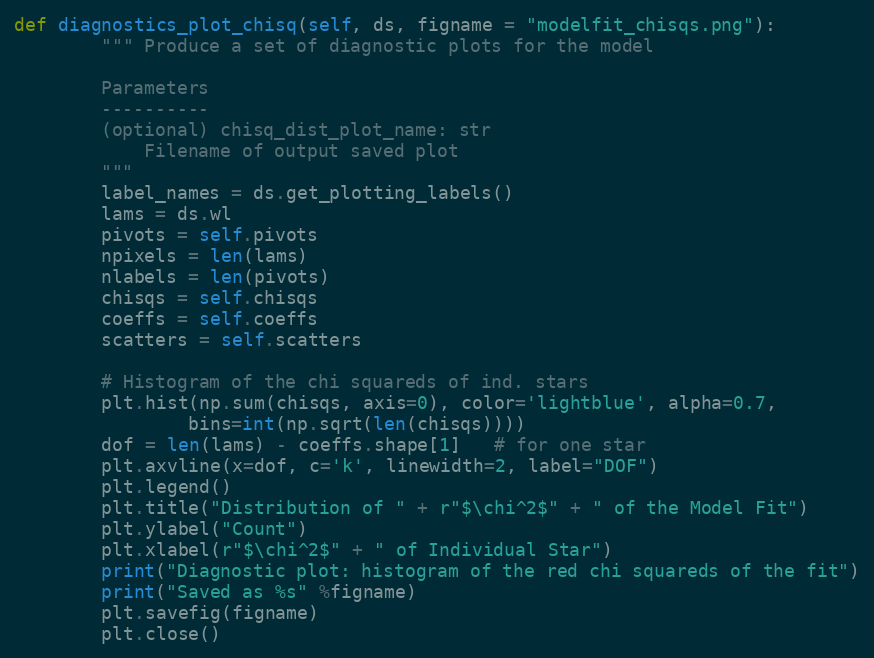
Language: Python
def diagnostics_plot_chisq(self, ds, figname = "modelfit_chisqs.png"):
        """ Produce a set of diagnostic plots for the model

        Parameters
        ----------
        (optional) chisq_dist_plot_name: str
            Filename of output saved plot
        """
        label_names = ds.get_plotting_labels()
        lams = ds.wl
        pivots = self.pivots
        npixels = len(lams)
        nlabels = len(pivots)
        chisqs = self.chisqs
        coeffs = self.coeffs
        scatters = self.scatters

        # Histogram of the chi squareds of ind. stars
        plt.hist(np.sum(chisqs, axis=0), color='lightblue', alpha=0.7,
                bins=int(np.sqrt(len(chisqs))))
        dof = len(lams) - coeffs.shape[1]   # for one star
        plt.axvline(x=dof, c='k', linewidth=2, label="DOF")
        plt.legend()
        plt.title("Distribution of " + r"$\chi^2$" + " of the Model Fit")
        plt.ylabel("Count")
        plt.xlabel(r"$\chi^2$" + " of Individual Star")
        print("Diagnostic plot: histogram of the red chi squareds of the fit")
        print("Saved as %s" %figname)
        plt.savefig(figname)
        plt.close()